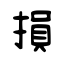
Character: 損